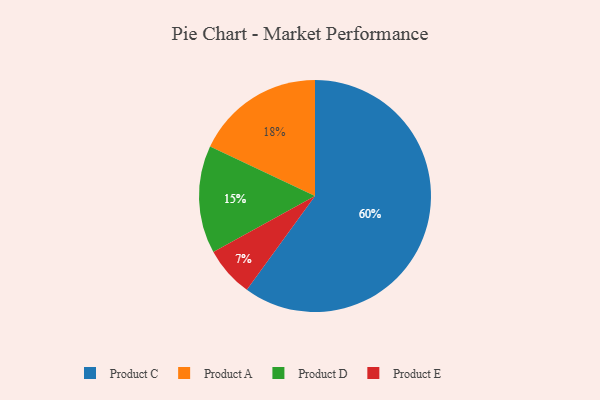
{"axis": {"x": "Category", "y": "Percentage"}, "legend": ["Product A", "Product C", "Product D", "Product E"], "data": [{"x": "Product D", "y": 15, "type": "Product D"}, {"x": "Product E", "y": 7, "type": "Product E"}, {"x": "Product A", "y": 18, "type": "Product A"}, {"x": "Product C", "y": 60, "type": "Product C"}]}